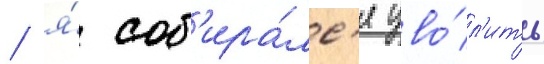
/ я́ соб'ира́лс'я уво́л'ить